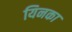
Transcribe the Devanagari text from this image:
यिनका